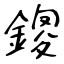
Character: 鎫